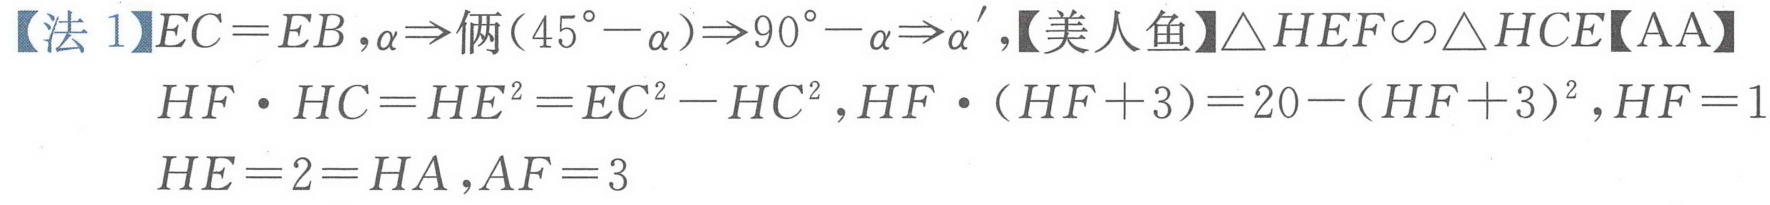
【法1】\(EC = EB\)，\(\alpha\Rightarrow\)俩\((45^{\circ}-\alpha)\Rightarrow90^{\circ}-\alpha\Rightarrow\alpha'\)，【美人鱼】\(\triangle HEF\backsim\triangle HCE\)【AA】
\(HF\cdot HC = HE^{2}=EC^{2}-HC^{2}\)，\(HF\cdot(HF + 3)=20-(HF + 3)^{2}\)，\(HF = 1\)
\(HE = 2 = HA\)，\(AF = 3\)